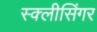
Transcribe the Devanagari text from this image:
स्क्लीसिंगर